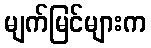
မျက်မြင်များက